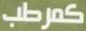
كمرطب